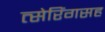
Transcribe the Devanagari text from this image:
त्सेरिंगसह